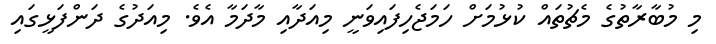
މި މުބާރާތުގެ މެޗުތައް ކުޅުމަށް ހަމަޖެހިފައިވަނީ މިއަދާއި މާދަމާ އެވެ. މިއަދުގެ ދަންފަޅީގައި